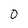
Character: 0